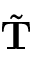
\tilde { \bf T }